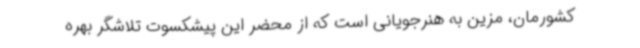
کشورمان، مزین به هنرجویانی است که از محضر این پیشکسوت تلاشگر بهره